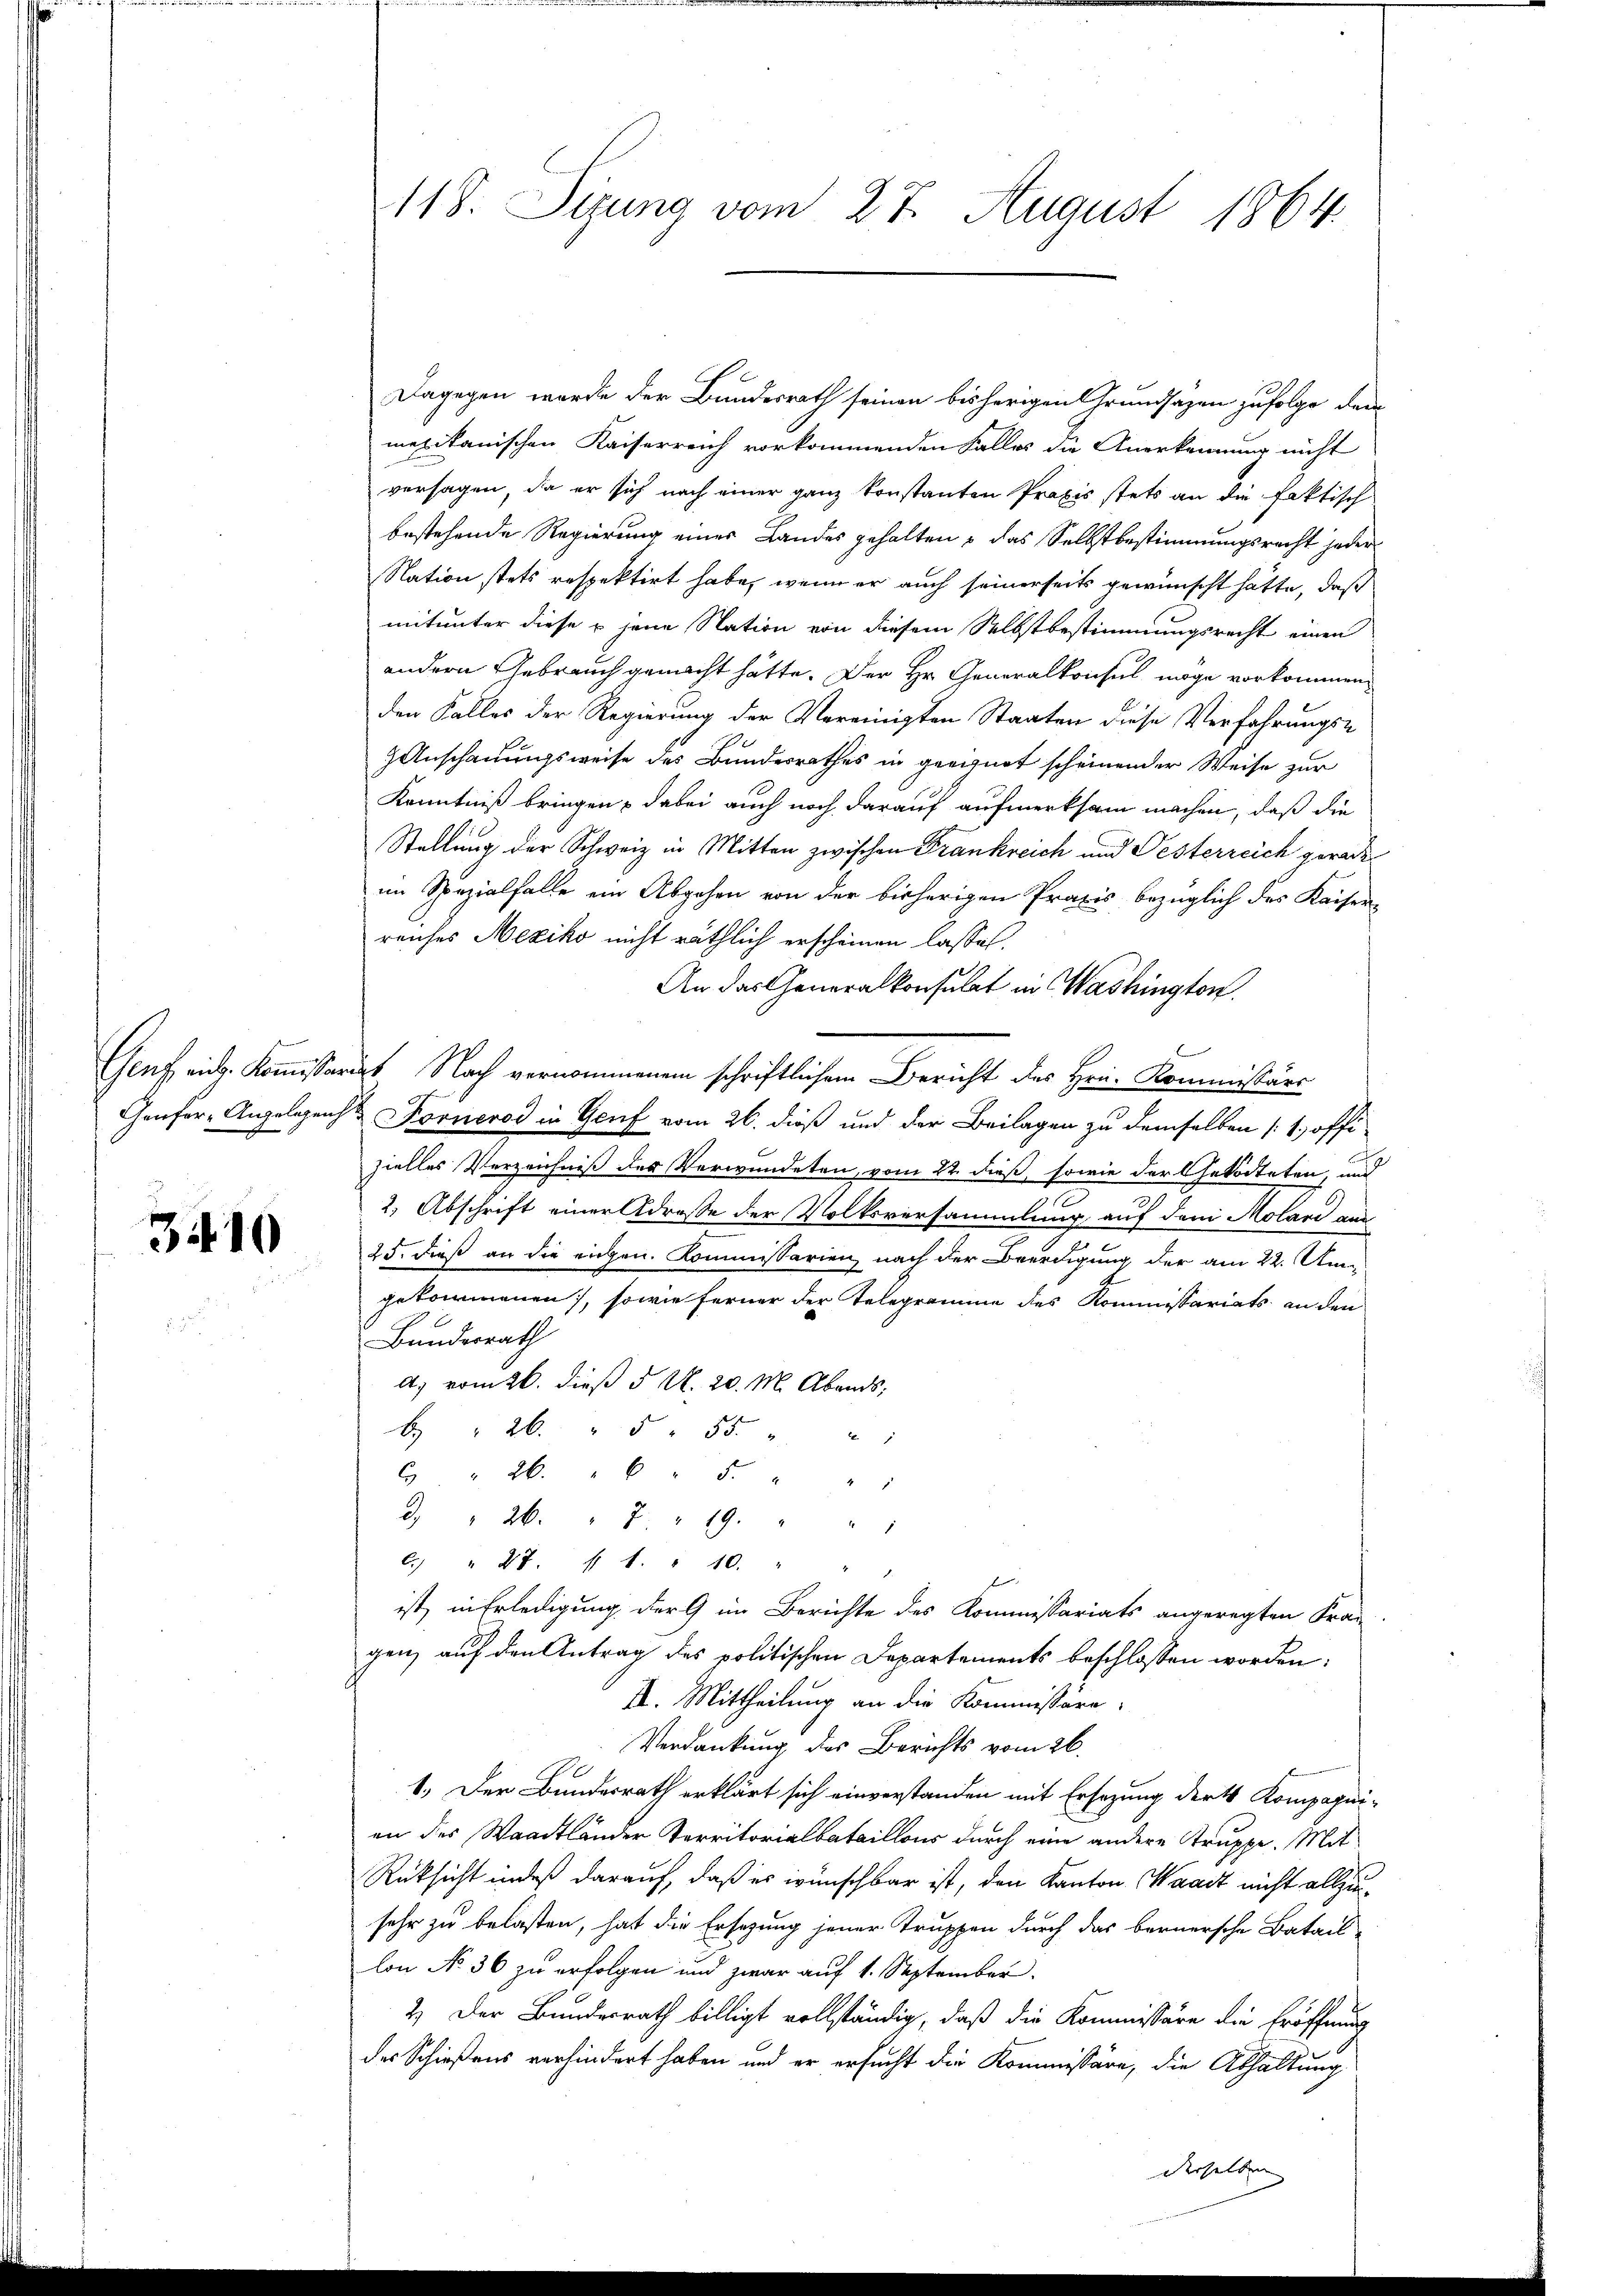
310

Dagegen wurde der Bundesrath seinen bisherigen Grundsazen zufolge den
mexikanischen Kaiserreich vorkommenden Falles die Anerkennung nicht
versagen, da er sich nach einer ganz konstanten Praxis stets an die faktisch-
bestehende Regierung einer Landes gehalten – das Selbstbestimmungsrecht jeder
Nation stets respektirt habe, wenn er auch seinerseits gewünscht hätte, daß
mitunter diese u. jene Nation von diesem Selbstbestimmungsrecht einen
andern Gebrauch gemacht hätte. Der Hr. Generalkonsul möge vorkommen,
den Falles der Regierung der Vereinigten Staaten diese Verfahrungs¬
Anschauungsweise des Bundesrathes in geeignet scheinender Weise zur
Kenntniß bringen, dabei auch noch darauf aufmerksam machen, daß die
Stellung der Schweiz in Mitten zwischen Frankreich und Oesterreich gerade
im Spezialfalle ein Abgehen von der bisherigen Praxis bezüglich des Kaiserreiches Mexiko nicht räthlich erscheinen lasset.
An das Generalkonsulat in Washington
Genf ein. Kommissariat Nach vernommenem schriftlichem Bericht des Hrn. Kommissärs
Genfer-Angelegen & Fornerod in Genf vom 26. dieß und der Beilagen zu demselben (1., offizielles Verzeichniß des Verwundeten, vom 22. dieß, sowie der Getödteten und
2. Abschrift einer Adresse der Volksversammlung auf den Molare aus
25. dieß an die eigen. Kommissarien, nach der Beerdigung der am 22. Angekommenen, sowie ferner der Telegramme des Kommissariats an den
Bundesrath
a) vom 26. dieß d. M. 20. M. Abends,
B " 26. " 5 " 55. " "
6 " 26. " " 5. " "
d. " 26. " 2 " 19. " " 1
C. " 27.   1. " 10. "
ist, in Erledigung der 9 im Berichte des Kommissariats angeregten Fran
gen, auf den Antrag des politischen Departements beschlossen worden,
II. Mittheilung an die Kommissäre.
Verdankung des Berichts vom 26.
1. Der Bundesrath erklärt sich einverstanden mit Ersezung der Kompagni-
an des Waadtländer Territorialataillons durch eine andere Struppe. Mit
Rücksicht indeß darauf, daß er wünschbar ist, den Kanton Waadt nicht allzusehr zu belasten, hat die Ersezung jener Truppen durch das bernersche Batail-
lon No 36 zu erfolgen und zwar auf 1. September.
2.) Der Bundesrath billigt vollständig, daß die Kommissäre die Eröffnung
des Schießens verhindert haben und er ersucht die Kommissäre, die Abhaltung
derselben |

118. Sitzung vom 27. August 1864.